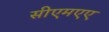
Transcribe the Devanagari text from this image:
सीएमएए